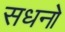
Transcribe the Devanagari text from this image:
सधनो